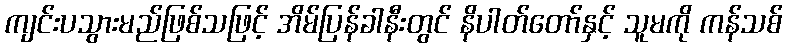
ကျင်းပသွားမည်ဖြစ်သဖြင့် အိမ်ပြန်ခါနီးတွင် နိပါတ်တော်နှင့် သူမကို ကန်သစ်